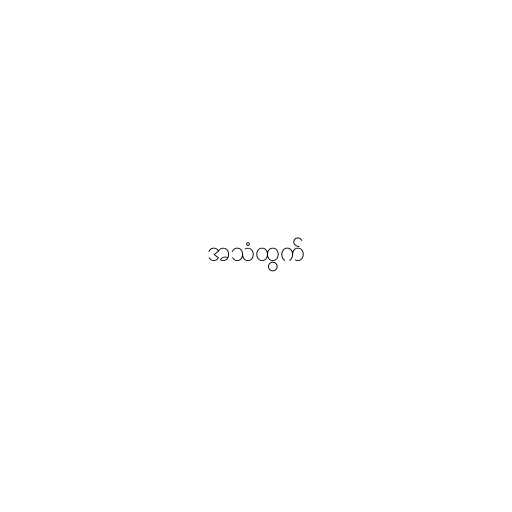
အသံထွက်